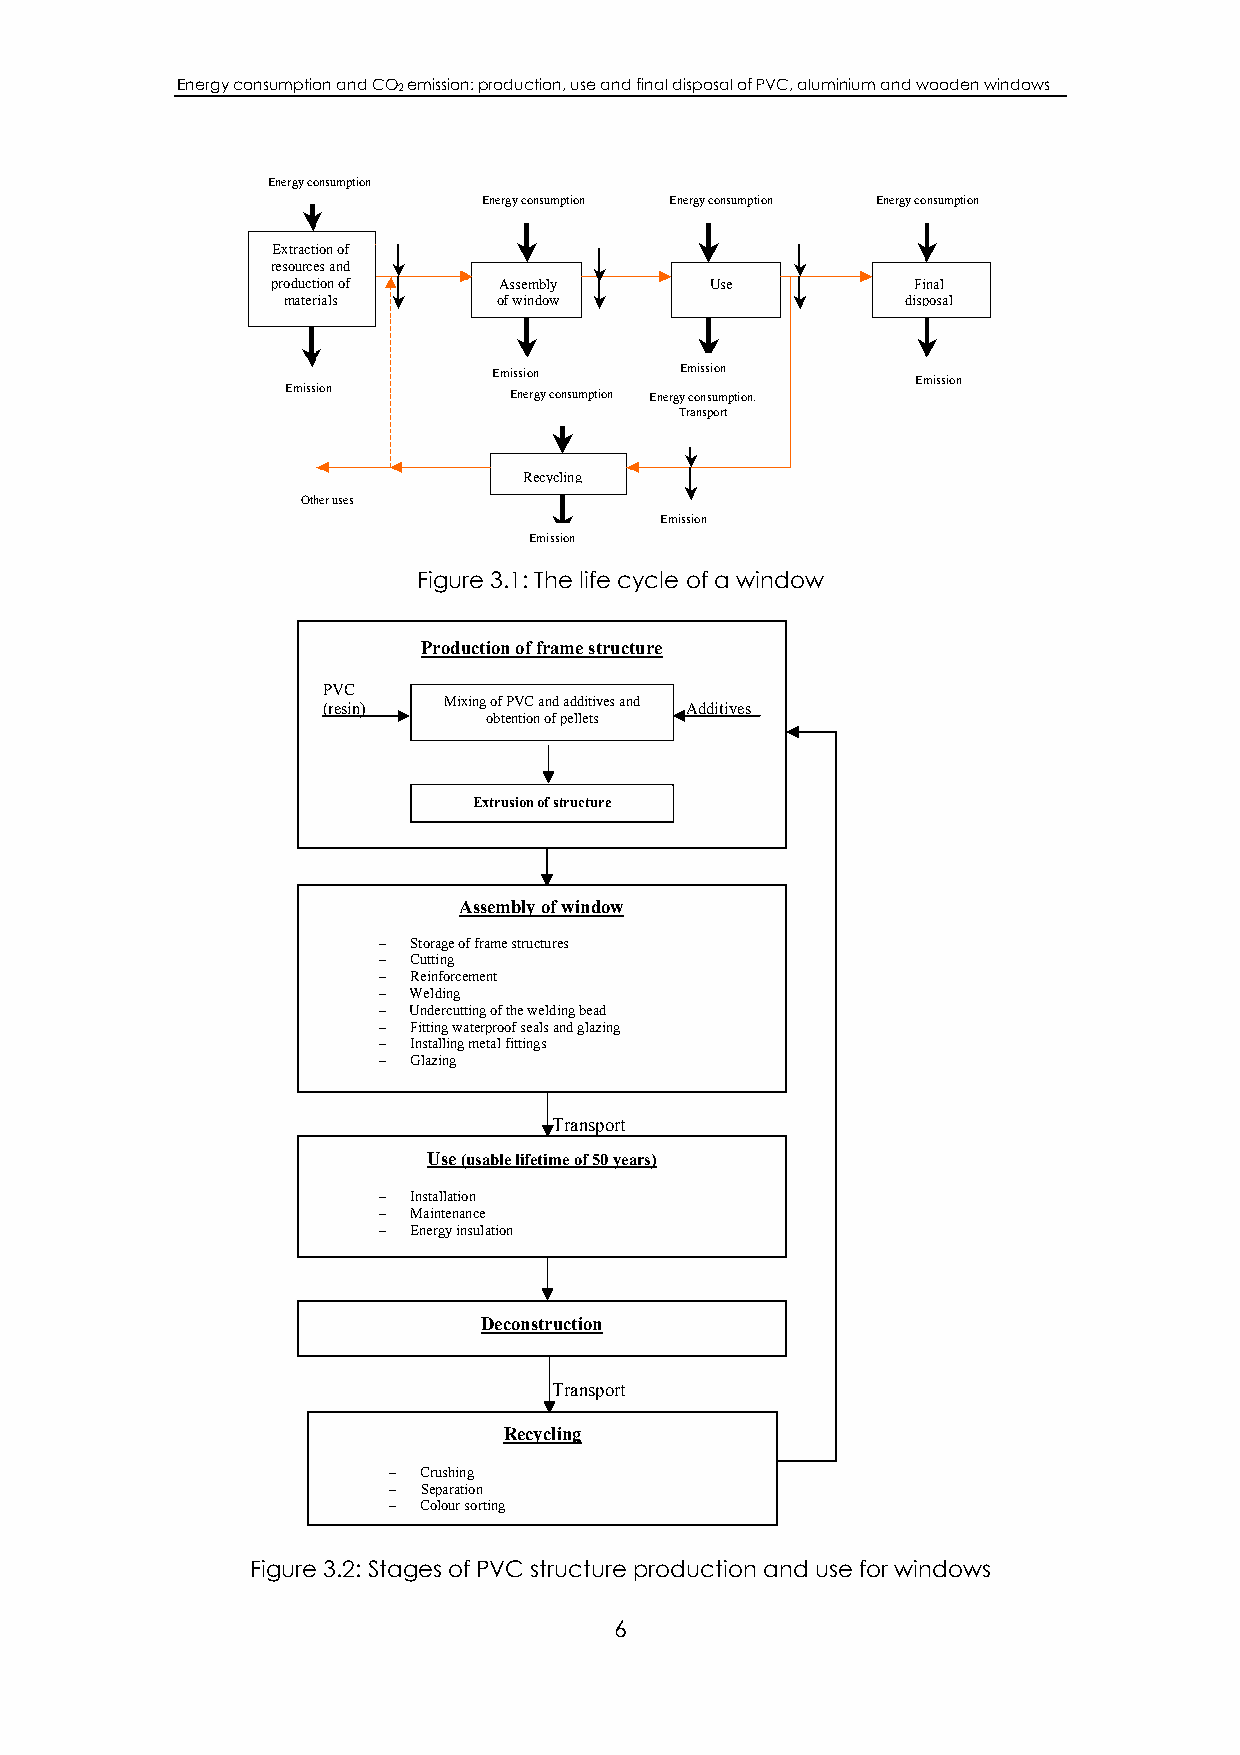
Energy consumption and CO2 emission: production, use and final disposal of PVC, aluminium and wooden windows
 Energy consumption
 Energy consumption Energy consumption Energy consumption
 Extraction of
 resources and
 production of  Assembly      Use          Final
 materials     ofwindow                   disposal
 Emission    Emission
 Emission
 Emission
 Energy consumption Energy consumption.
 Transport
 Recycling
 Other uses
 Emission
 Emission
 Figure 3.1: The life cycle of a window
 Production of frame structure
 PVC
 Mixing of PVC and additives and
 (resin)                 Additives
 obtention of pellets
 Extrusion of structure
 Assembly of window
 – Storage of frame structures
 – Cutting
 – Reinforcement
 – Welding
 – Undercutting of the welding bead
 – Fitting waterproof seals and glazing
 – Installing metal fittings
 – Glazing
 Transport
 Use (usable lifetime of 50 years)
 – Installation
 – Maintenance
 – Energy insulation
 Deconstruction
 Transport
 Recycling
 – Crushing
 – Separation
 – Colour sorting
 Figure 3.2: Stages of PVC structure production and use for windows
 6